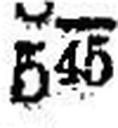
545